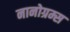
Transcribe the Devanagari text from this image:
नानोग्रम्स